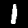
Digit: 1